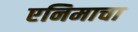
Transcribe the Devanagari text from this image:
एनिमाचा